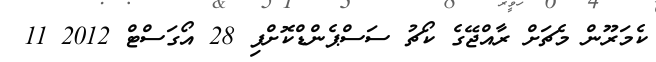
ކެމަރޫން މެޗަށް ރާއްޖޭގެ ކޯޗު ސަސްޕެންޑްކޮށްފި 28 އޯގަސްޓް 2012 11